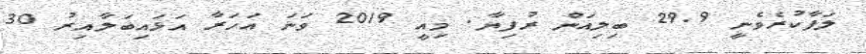
ލަފާކުރެވެނީ 29.9 ބިލިއަން ރުފިޔާ. މިއީ 2019 ވަނަ އަހަރާ އަޅައިބަލާއިރު 30